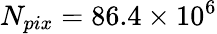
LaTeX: N_{pix}=86.4\times 10^{6}